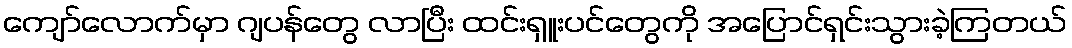
ကျော်လောက်မှာ ဂျပန်တွေ လာပြီး ထင်းရှူးပင်တွေကို အပြောင်ရှင်းသွားခဲ့ကြတယ်